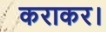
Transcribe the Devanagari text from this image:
कराकर।